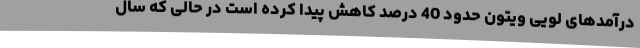
درآمدهای لویی ویتون حدود 40 درصد کاهش پیدا کرده است در حالی که سال